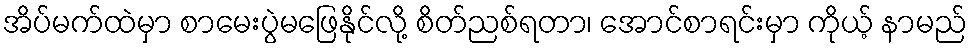
အိပ်မက်ထဲမှာ စာမေးပွဲမဖြေနိုင်လို့ စိတ်ညစ်ရတာ၊ အောင်စာရင်းမှာ ကိုယ့် နာမည်